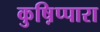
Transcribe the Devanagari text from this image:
कुष़िप्पारा